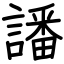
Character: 譒